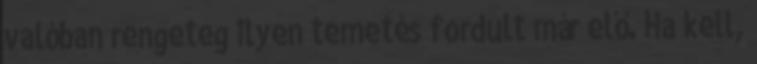
valóban rengeteg ilyen temetés fordult már elő. Ha kell,